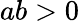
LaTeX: ab>0